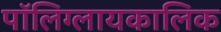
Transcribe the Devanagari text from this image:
पॉलिग्लायकालिक